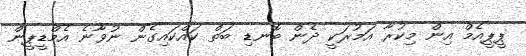
ޕީޕީއެމް އިން މިކުރާ އަމުރަކީ ދެން ބޮނޑި ބަތް ކައްްކައިގެން ނުވާނެ އެމްޑީޕީން